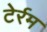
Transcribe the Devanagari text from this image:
टेर्रम